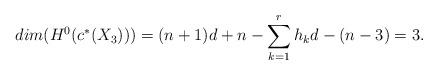
LaTeX: \begin{align*} dim (H^0(c^\ast (X_3)))=(n+1)d+n-\sum_{k=1}^r h_k d-(n-3)=3.\end{align*}